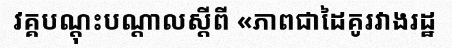
វគ្គបណ្តុះបណ្តាលស្តីពី «ភាពជាដៃគូរវាងរដ្ឋ